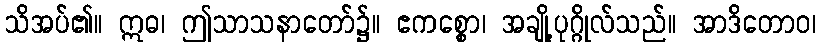
သိအပ်၏။ ဣဓ၊ ဤသာသနာတော်၌။ ဧကစ္စော၊ အချို့ပုဂ္ဂိုလ်သည်။ အာဒိတောဝ၊